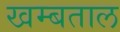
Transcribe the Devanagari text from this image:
खम्बताल